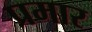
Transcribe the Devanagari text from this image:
प्रमार